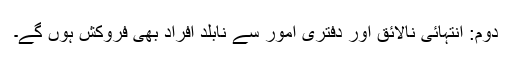
دوم: انتہائی نالائق اور دفتری اُمور سے نابلد افراد بھی فروکش ہوں گے۔